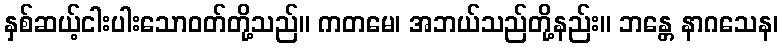
နှစ်ဆယ့်ငါးပါးသောဝတ်တို့သည်။ ကတမေ၊ အဘယ်သည်တို့နည်း။ ဘန္တေ နာဂသေန၊